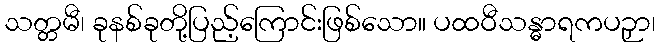
သတ္တမီ၊ ခုနစ်ခုတို့ပြည့်ကြောင်းဖြစ်သော။ ပထဝီသန္ဓာရကပဉှာ၊